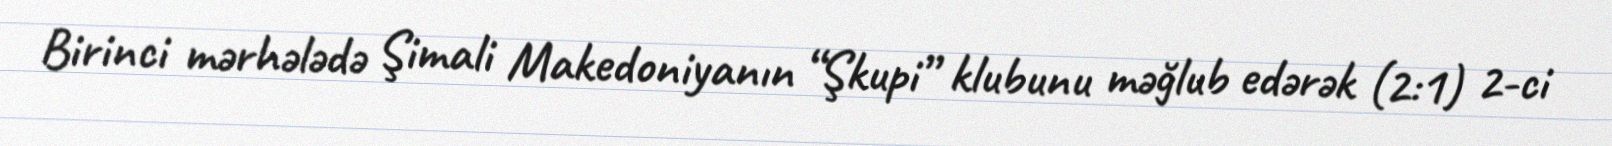
Birinci mərhələdə Şimali Makedoniyanın “Şkupi” klubunu məğlub edərək (2:1) 2-ci